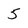
Character: 5